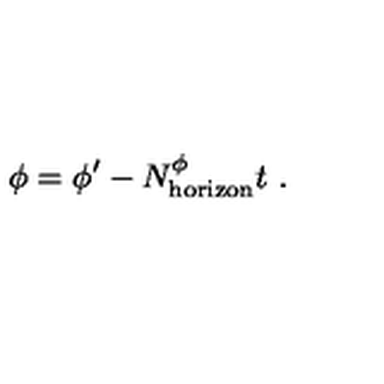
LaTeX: \phi = \phi ^ { \prime } - N _ { \mathrm { \tiny h o r i z o n } } ^ { \phi } t \ .